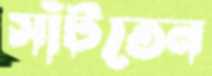
সাঁটতেন